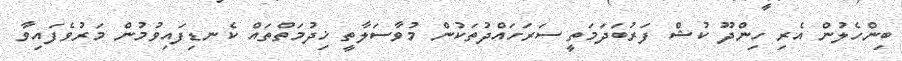
ބިންހެލުން އެރި ހިންދޫ ކުޝް ފަރުބަދަމަތީ ސަރަހައްދުތަކުން މުވާސަލާތީ ޚިދުމަތްތައް ކެނޑިފައިވުމުން މަރުވެފައިވާ